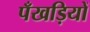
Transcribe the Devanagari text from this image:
पँखड़ियों